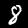
Digit: 8